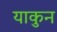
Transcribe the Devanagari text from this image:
याकुन